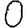
Digit: 0